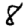
Digit: 8